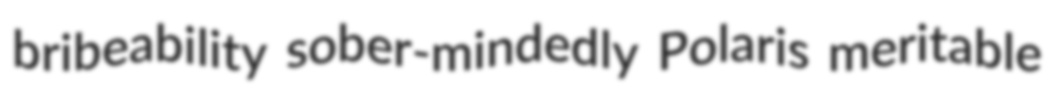
bribeability sober-mindedly Polaris meritable